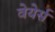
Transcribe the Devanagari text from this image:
वेयेर्स